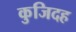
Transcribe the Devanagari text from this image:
कुजिदह